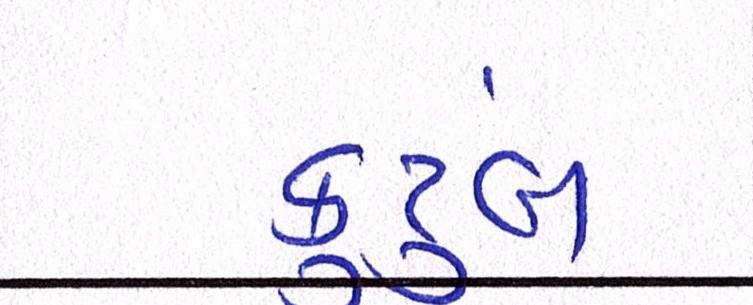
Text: કુટુંબ